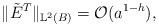
LaTeX: \begin{align*}\lVert \tilde{E}^T\rVert_{\mathbb{L}^2(B)}=\mathcal{O}(a^{1-h}),\end{align*}